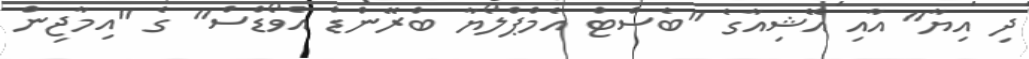
ދި އިޔާ" އާއި އޭޝިއާގެ "ބެސްޓް އެމްޕްލޯޔާ ބްރޭންޑް އެވޯޑްސް" ގެ "އިމާޖިން